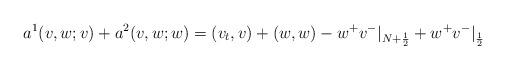
LaTeX: \begin{align*} a^1(v, w; v)+a^2(v, w; w)=(v_t,v)+(w,w)-w^+v^-|_{N+\frac 12}+w^+v^-|_{\frac 12}\end{align*}